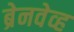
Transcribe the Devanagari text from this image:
ब्रेनवेव्ह